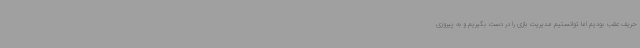
حریف عقب بودیم اما توانستیم مدیریت بازی را در دست بگیریم و به پیروزی